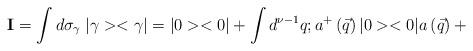
LaTeX: \begin{align*}{\bf I}=\int d{\sigma}_{\gamma}\; |\gamma><\gamma|= |0><0| + \int d^{\nu -1}q;a^{+}\left(\vec{q}\right)|0><0|a\left(\vec{q}\right) +\end{align*}